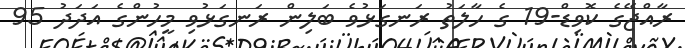
ރާއްޖޭގެ ކޮވިޑް-19 ގެ ހާލަތު ރަނގަޅުވެ ބަލިން ރަނގަޅުވި މީހުންގެ އަދަދު 95